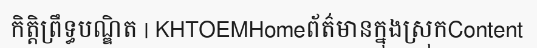
កិត្តិព្រឹទ្ធបណ្ឌិត | KHTOEMHomeព័ត៌មានក្នុងស្រុកContent